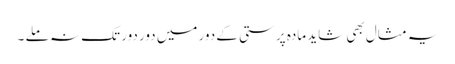
یہ مثال بھی شاید مادہ پرستی کے دور میں دور دور تک نہ ملے ۔